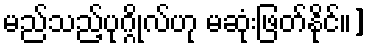
မည်သည့်ပုဂ္ဂိုလ်ဟု မဆုံးဖြတ်နိုင်။]